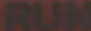
RUN